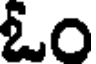
ఓం